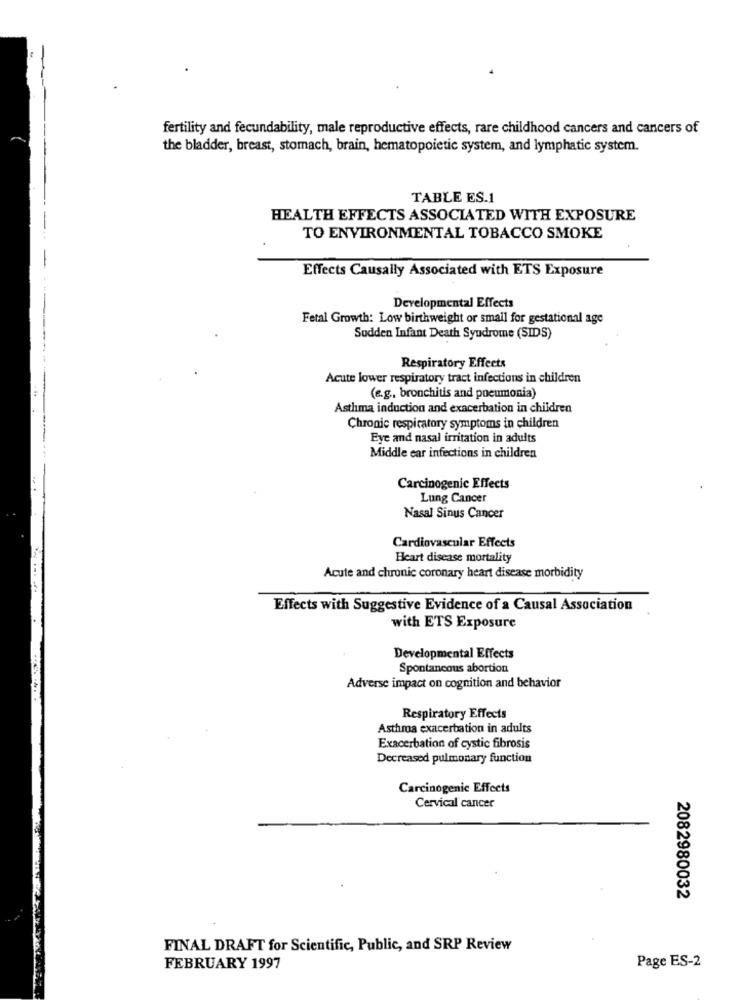
fertility and fecundability, male reproductive effects, rare childhood cancers and cancers of
the bladder, breast, stomach, brain, hematopoietic system, and lymphatic system.
TABLE ES.1
HEALTH EFFECTS ASSOCIATED WITH EXPOSURE
TO ENVIRONMENTAL TOBACCO SMOKE
Effects Causally Associated with ETS Exposure
Developmental Effects
Fetal Growth: Low birthweight or smail for gestational age
Sudden Infant Death Syndrome (SIDS)
Respiratory Effects
Acute lower respiratory tract infections in children
(e.g ., bronchitis and pneumonia)
Asthma induction and exacerbation in children
Chronic respiratory symptoms in children
Eye and nasal irritation in adults
Middle ear infections in children
Carcinogenic Effects
Lung Cancer
Nasal Sinus Cancer
Cardiovascular Effects
Heart disease mortality
Acute and chronic coronary heart disease morbidity
Effects with Suggestive Evidence of a Causal Association
with ETS Exposure
Developmental Effects
Spontancous abortion
Adverse impact on cognition and behavior
Respiratory Effects
Asthma exacerbation in adults
Exacerbation of cystic fibrosis
Decreased pulmonary function
Carcinogenic Effects
Cervical cancer
2082980032
FINAL DRAFT for Scientific, Public, and SRP Review
FEBRUARY 1997
Page ES-2